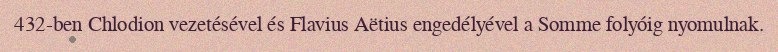
432-ben Chlodion vezetésével és Flavius Aëtius engedélyével a Somme folyóig nyomulnak.